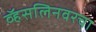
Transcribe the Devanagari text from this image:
व्हॅसलिनवरचा